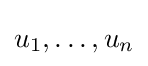
u_{1},\ldots ,u_{n}